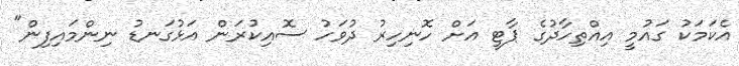
އެކަމަކު ގައުމީ އިއްތިހާދުގެ ޕާޓީ އަށް ހޮނިހިރު ދުވަހު ސޮއިކުރަން އަޅުގަނޑު ނިންމައިފިން"